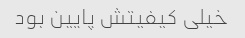
خیلی کیفیتش پایین بود